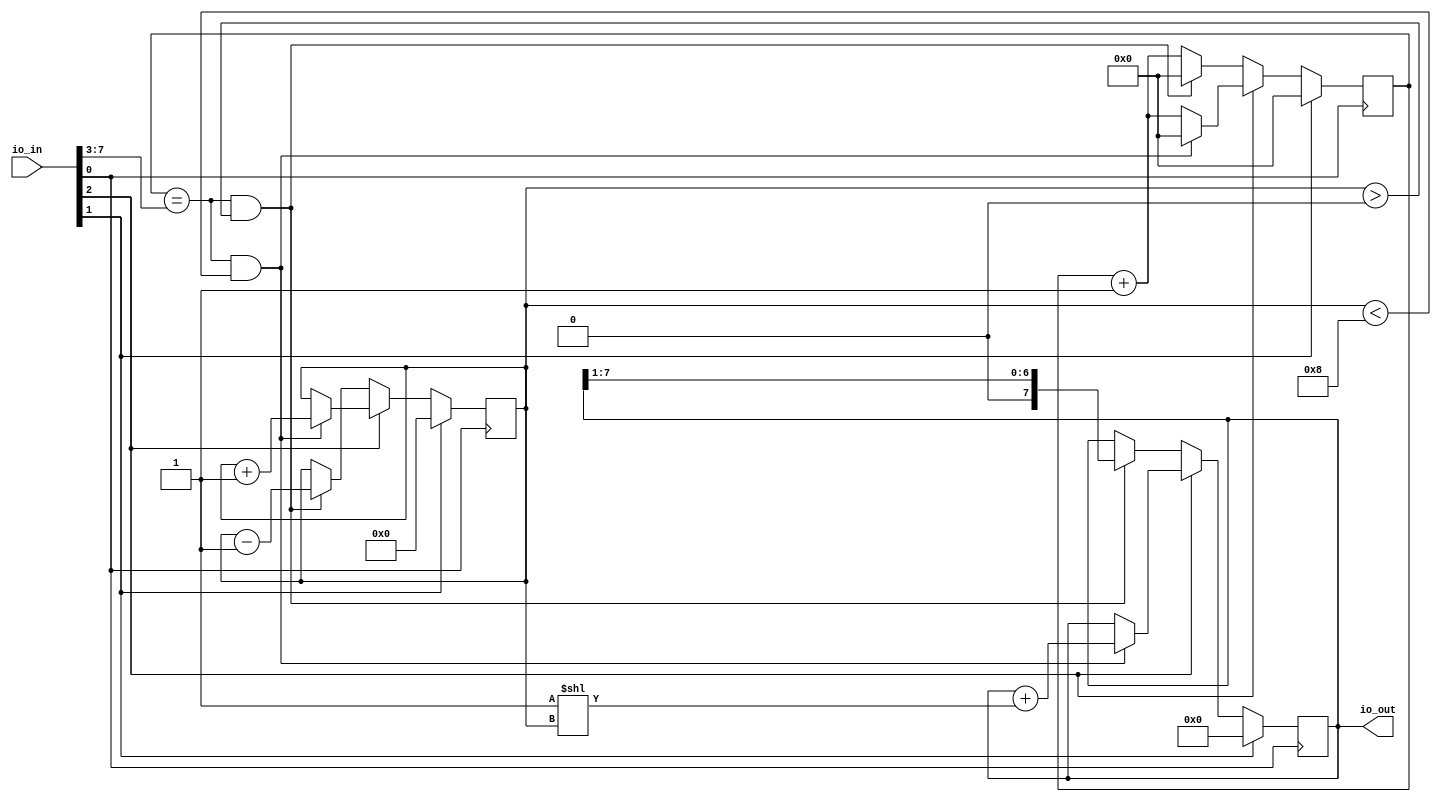
module loxodes_sequencer (
  input [7:0] io_in,
  output [7:0] io_out
);
    
    wire clk = io_in[0];
    wire reset = io_in[1];
    wire enable = io_in[2];
    wire [4:0] delay;
    assign delay = io_in[7:3];
    
    wire [7:0] channel;
    assign io_out[7:0] = channel;
    assign channel = channel_state;

    reg [4:0] counter;
    reg [7:0] channel_state;
    reg [3:0] channel_index;

    always @(posedge clk) begin
        // if reset, set counter to 0
        if (reset) begin
            counter <= 0;
            channel_state <= 0;
            channel_index <= 0;
        end else begin
            if (enable) begin
                if (counter == delay && channel_index < 8) begin
                    counter <= 0;
                    channel_index <= channel_index + 1'b1;
                    channel_state <= channel_state + (1'b1 << channel_index);
                end else begin
                    counter <= counter + 1'b1;
                end
            end else begin
                if (counter == delay && channel_index > 0) begin
                    counter <= 0;
                    channel_index <= channel_index - 1'b1;
                    channel_state <= (channel_state >> 1);
                end else begin
                    counter <= counter + 1'b1;
                end

            end
        end
    end
endmodule